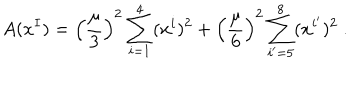
A ( x ^ { I } ) = \left( \frac { \mu } { 3 } \right) ^ { 2 } \sum _ { i = 1 } ^ { 4 } ( x ^ { i } ) ^ { 2 } + \left( \frac { \mu } { 6 } \right) ^ { 2 } \sum _ { i ^ { \prime } = 5 } ^ { 8 } ( x ^ { i ^ { \prime } } ) ^ { 2 } ~ .